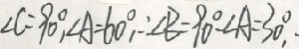
\angle C = 9 0 ^ { \circ } , \angle A = 6 0 ^ { \circ } , \therefore \angle B = 9 0 ^ { \circ } - \angle A = 3 0 ^ { \circ } ,